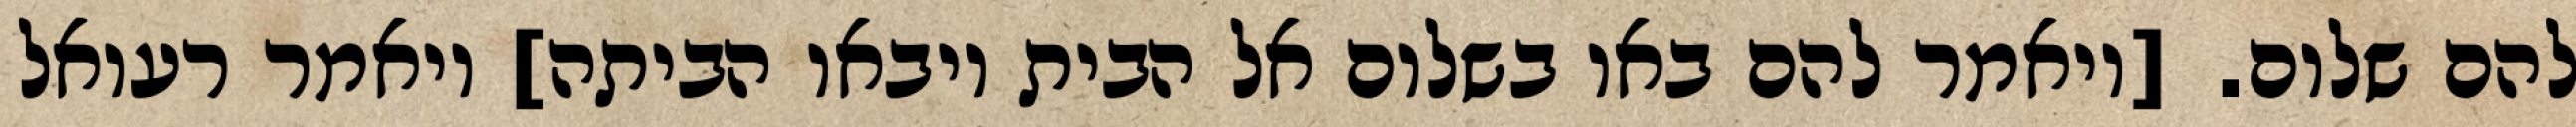
להם שלום. [ויאמר להם באו בשלום אל הבית ויבאו הביתה] ויאמר רעואל